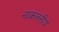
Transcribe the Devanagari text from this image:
नाकलनीय